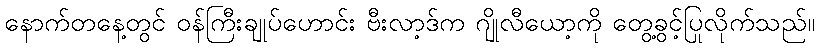
နောက်တနေ့တွင် ဝန်ကြီးချုပ်ဟောင်း ဗီးလာ့ဒ်က ဂျိုလီယော့ကို တွေ့ခွင့်ပြုလိုက်သည်။